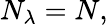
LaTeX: N_{\lambda}=N,